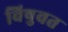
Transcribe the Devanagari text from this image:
विषुवत